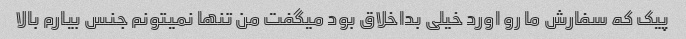
پیک که سفارش ما رو اورد خیلی بداخلاق بود میگفت من تنها نمیتونم جنس بیارم بالا